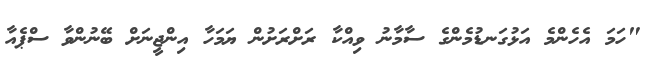
"ހަމަ އެހެންމެ އަޅުގަނޑުމެންގެ ސާމާނު ވިއްކާ ރަށްރަށުން ޔަމަހާ އިންޖީނަށް ބޭނުންވާ ސްޕެއާ